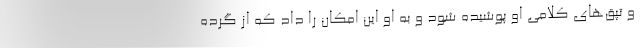
و تپق‌های کلامی او پوشیده شود و به او این امکان را داد که از گرده